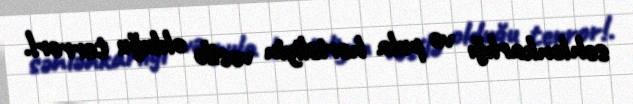
səhlənkarlığı və pula hərisliyin vəsilə olduğu terror!.